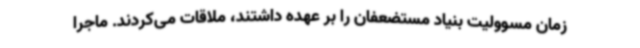
زمان مسوولیت بنیاد مستضعفان را بر عهده داشتند، ملاقات می‌کردند. ماجرا